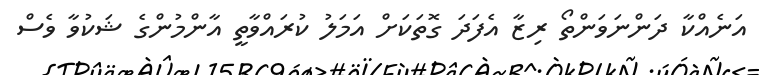
އަނެއްކާ ދަންނަވަންތޯ ރިޒާ އެފަދަ ގޮތަކަށް އަމަލު ކުރައްވާތީ އާންމުންގެ ޝަކުވާ ވެސް